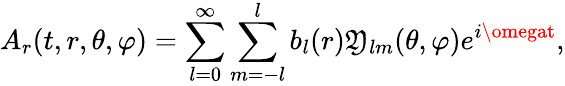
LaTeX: A_{r}(t,r,\theta,\varphi)=\sum_{l=0}^{\infty}\sum_{m=-l}^{l}b_{l}(r)\mathfrak{Y}_{lm}(\theta,\varphi)e^{i\omegat},